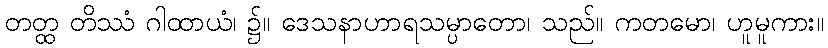
တတ္ထ တိဿံ ဂါထာယံ၊ ၌။ ဒေသနာဟာရသမ္ပာတော၊ သည်။ ကတမော၊ ဟူမူကား။